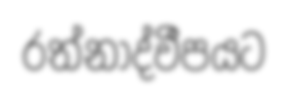
රත්නාද්වීපයට